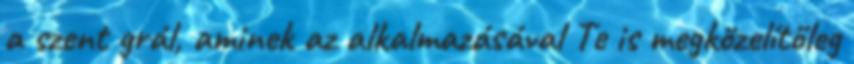
a szent grál, aminek az alkalmazásával Te is megközelítőleg